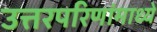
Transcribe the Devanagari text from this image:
उत्तरपरिणांमाध्ये